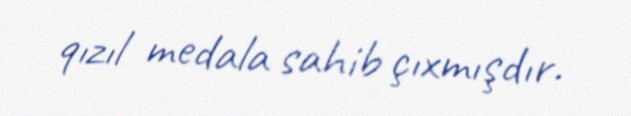
qızıl medala sahib çıxmışdır.